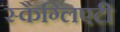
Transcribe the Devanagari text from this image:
स्कैग्लिएटी